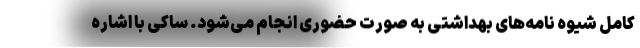
کامل شیوه نامه‌های بهداشتی به صورت حضوری انجام می‌شود. ساکی با اشاره